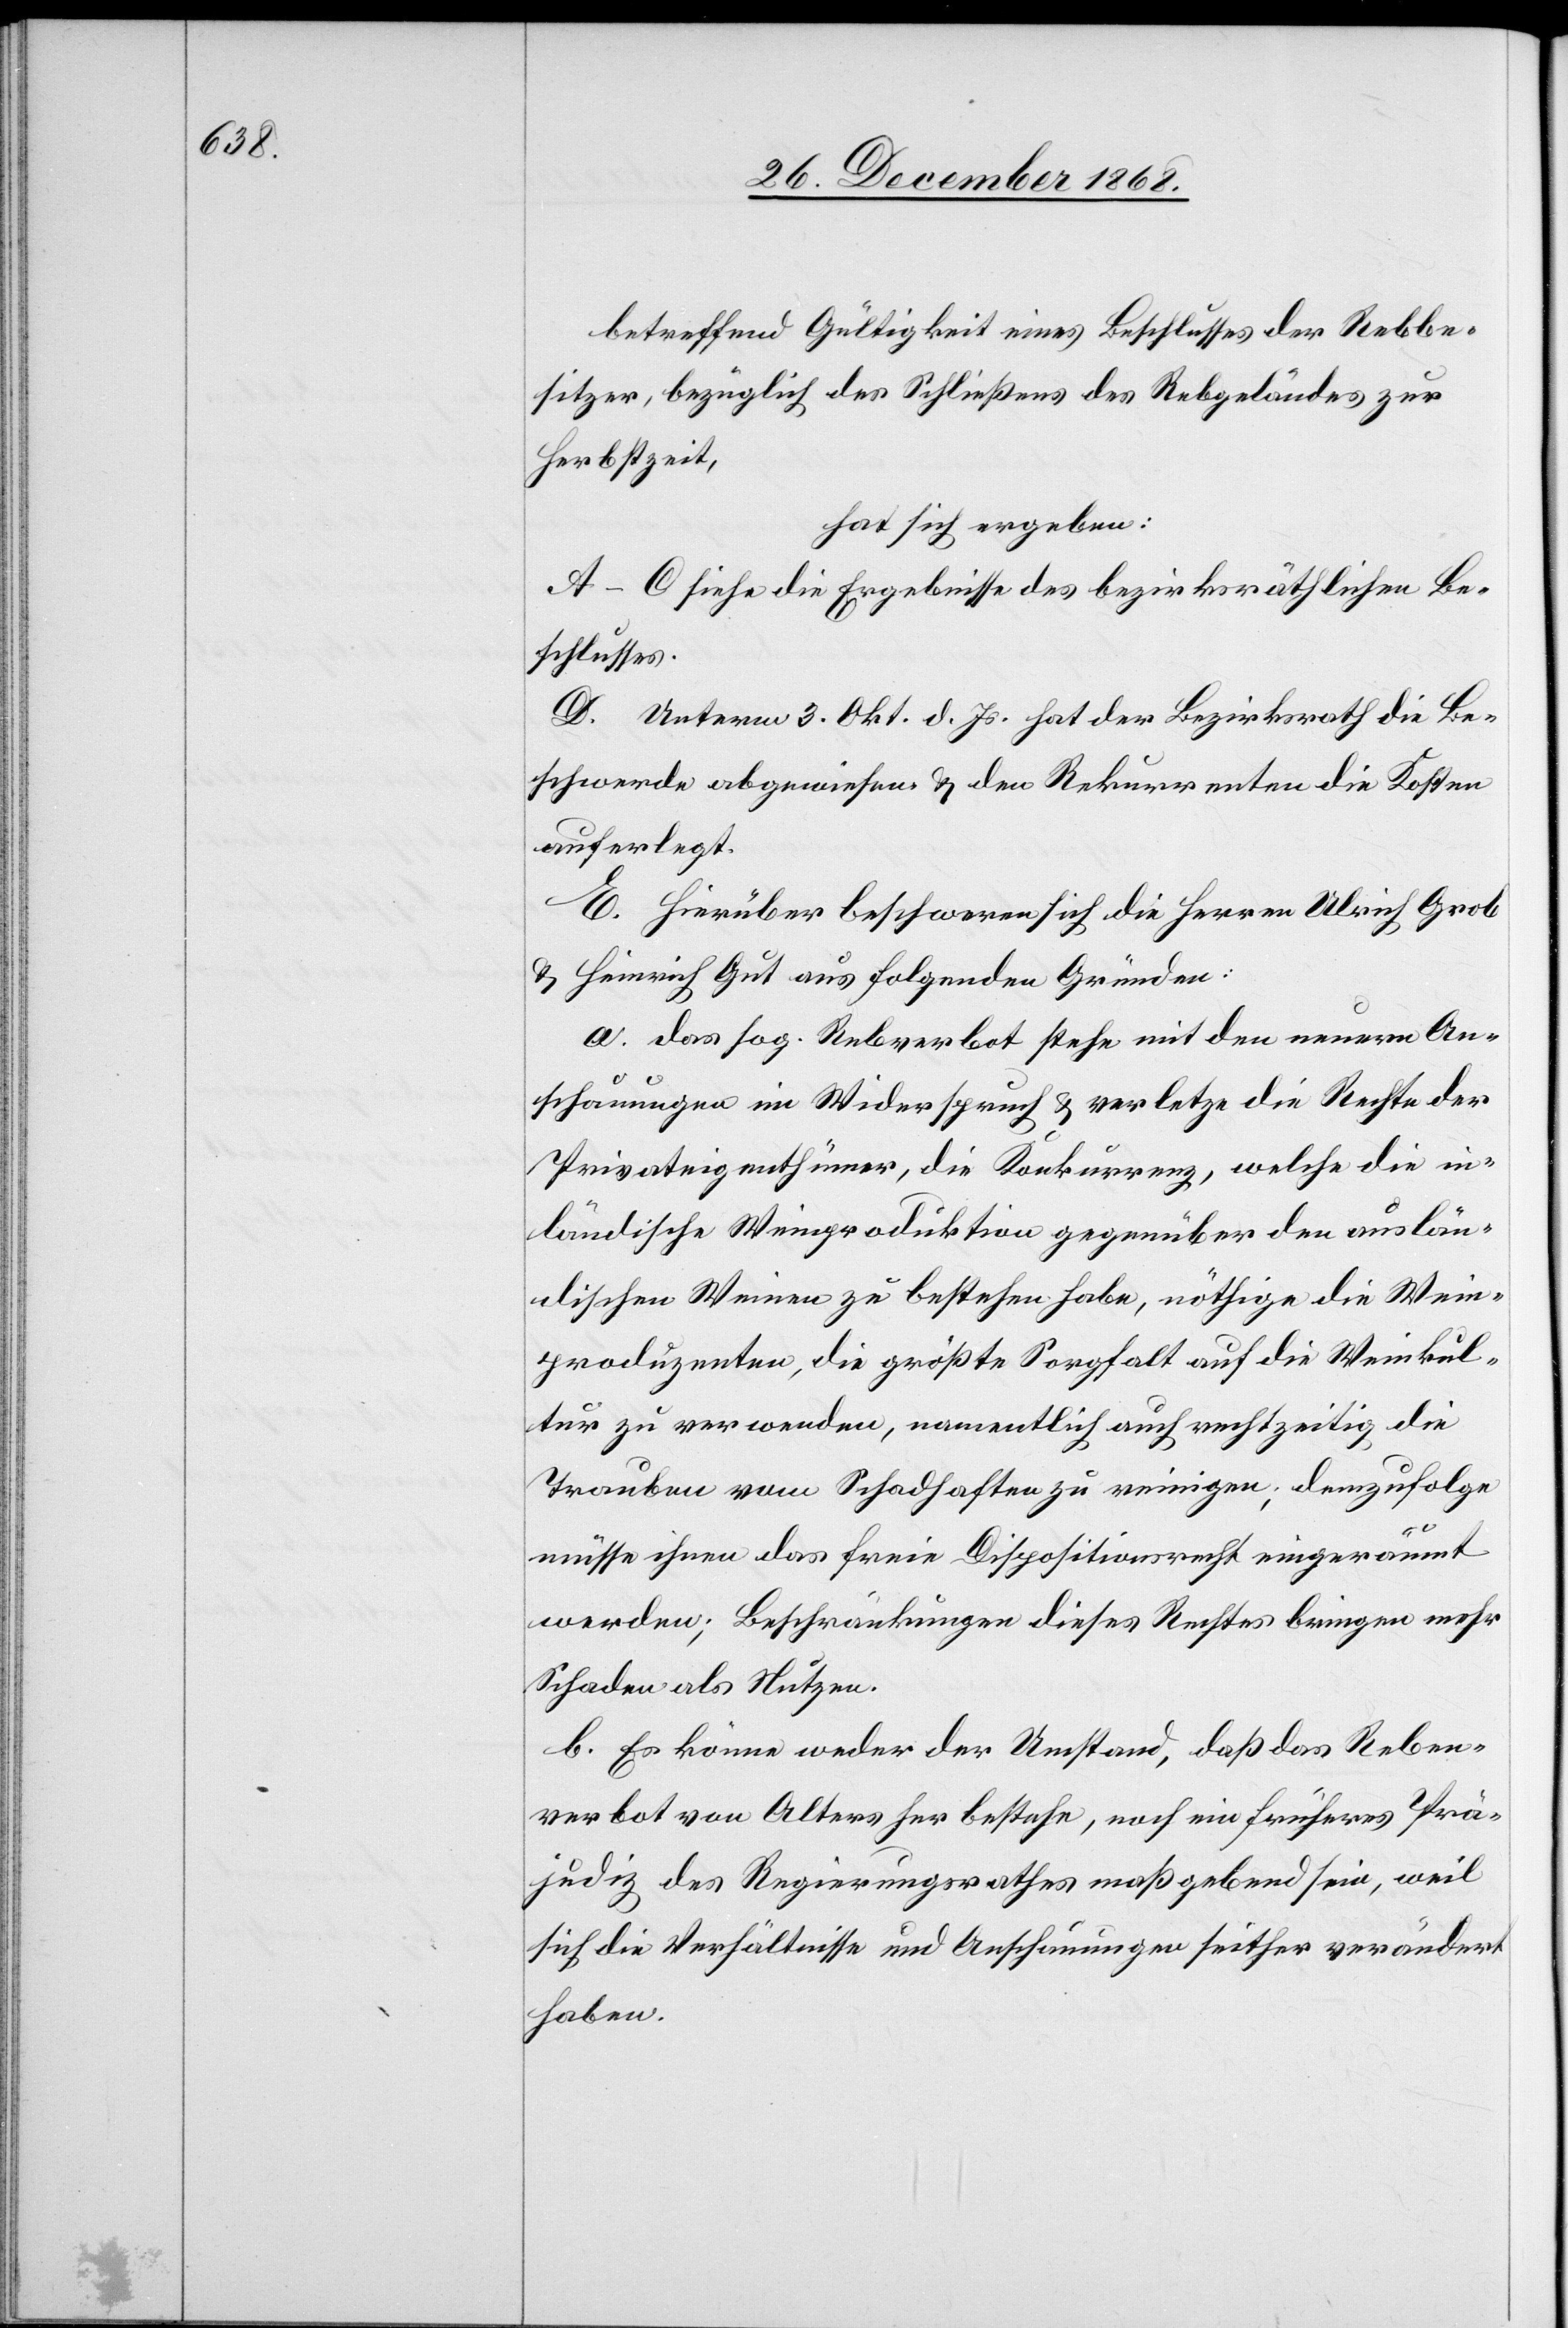
betreffend Gültigkeit eines Beschlusses der Rebbe¬
sitzer, bezüglich des Schließens des Rebgeländes zur
Herbstzeit,
hat sich ergeben:
A–C siehe die Ergebnisse des bezirksräthlichen Be¬
schlusses.
D. Unterm 3. Okt. d. Js. hat der Bezirksrath die Be¬
schwerde abgewiesen & den Rekurrenten die Kosten
auferlegt.
E. Hierüber beschweren sich die Herren Ulrich Grob
& Heinrich Gut aus folgenden Gründen:
a. Das sog. Rebverbot stehe mit den neuern An¬
schauungen im Widerspruch & verletze die Rechte der
Privateigenthümer, die Konkurrenz, welche die in¬
ländische Weinproduktion gegenüber den auslän¬
dischen Weinen zu bestehen habe, nöthige die Wein¬
produzenten, die größte Sorgfalt auf die Weinkul¬
tur zu verwenden, namentlich auch rechtzeitig die
Trauben vom Schadhaften zu reinigen; demzufolge
müsse ihnen das freie Dispositionsrecht eingeräumt
werden; Beschränkungen dieses Rechtes bringen mehr
Schaden als Nutzen.
b. Es könne weder der Umstand, daß das Reben¬
verbot von Alters her bestehe, noch ein früheres Prä¬
judiz des Regierungsrathes maßgebend sein, weil
sich die Verhältnisse und Anschauungen seither verändert
haben.